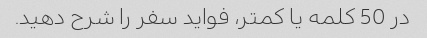
در 50 کلمه یا کمتر، فواید سفر را شرح دهید.